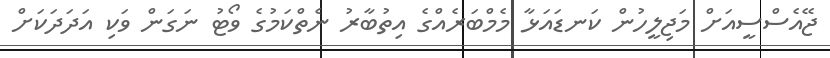
ޖޭއެސްސީއަށް މަޖިލީހުން ކަނޑައަޅާ މެމްބަރެއްގެ އިތުބާރު ނެތްކަމުގެ ވޯޓު ނަގަން ވަކި އަދަދަކަށް